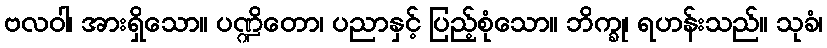
ဗလဝါ၊ အားရှိသော။ ပဏ္ဍိတော၊ ပညာနှင့် ပြည့်စုံသော။ ဘိက္ခု၊ ရဟန်းသည်။ သုခံ၊